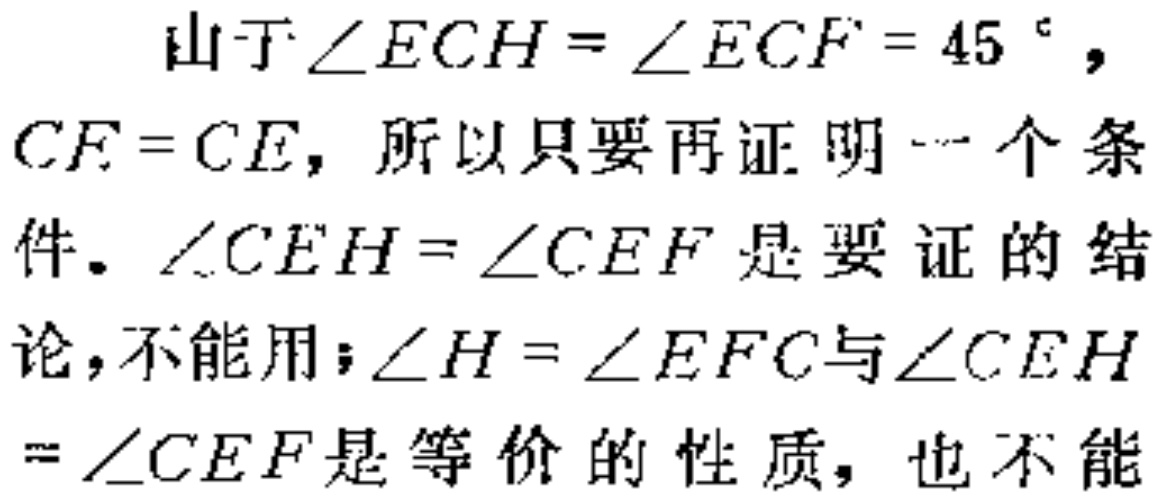
由于\(\angle ECH = \angle ECF = 45^{\circ}\)，\(CF = CE\)，所以只要再证明一个条件。\(\angle CEH=\angle CEF\)是要证的结论，不能用；\(\angle H = \angle EFC\)与\(\angle CEH=\angle CEF\)是等价的性质，也不能